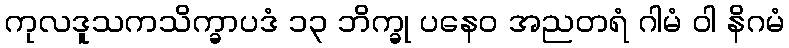
ကုလဒူသကသိက္ခာပဒံ ၁၃ ဘိက္ခု ပနေဝ အညတရံ ဂါမံ ဝါ နိဂမံ